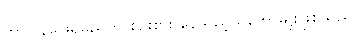
ဘာပြန်ဖြေရမည်ကို စဉ်းစား နေသည့်သဘောမျိုးဖြစ်သည်။